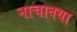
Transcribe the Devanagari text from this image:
नाचावया